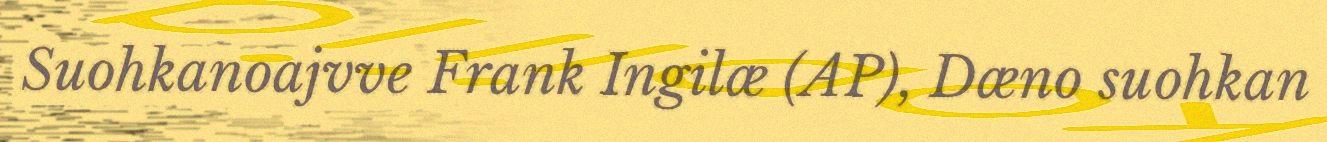
Suohkanoajvve Frank Ingilæ (AP), Dæno suohkan